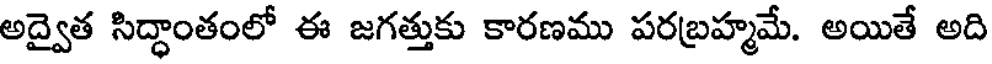
అద్వైత సిద్ధాంతంలో ఈ జగత్తుకు కారణము పరబ్రహ్మమే. అయితే అది